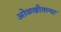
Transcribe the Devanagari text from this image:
ओळखीतल्या